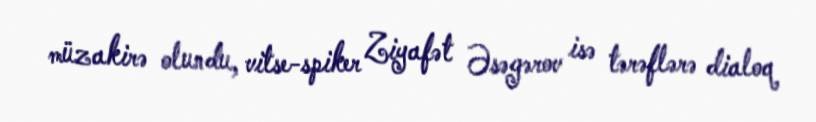
müzakirə olundu, vitse-spiker Ziyafət Əsəgərov isə tərəflərə dialoq